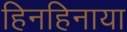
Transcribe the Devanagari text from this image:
हिनहिनाया